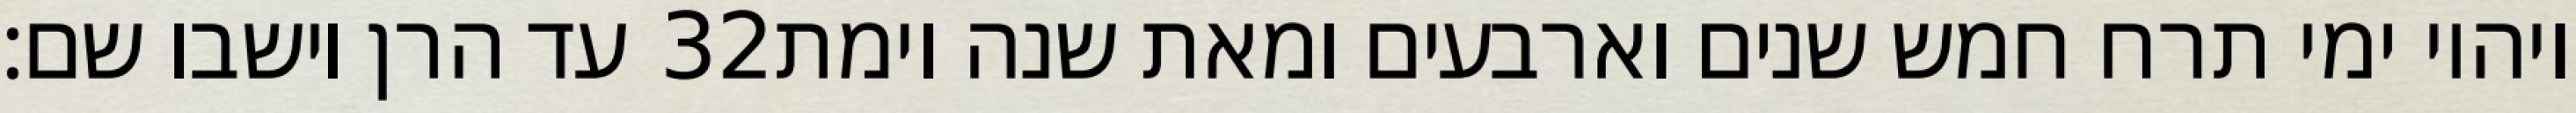
עד הרן וישבו שם׃ ‎32‏ ויהיו ימי תרח חמש שנים וארבעים ומאת שנה וימת